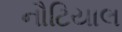
નૌટિયાલ